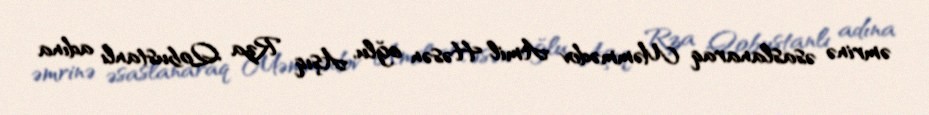
əmrinə əsaslanaraq Məmmədov Amil Həsən oğlu, Aşıq Rza Qobustanlı adına